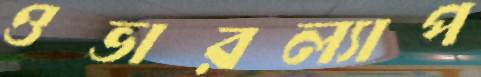
ওভারল্যাপ